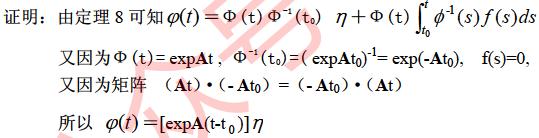
证明：由定理 8 可知\(\varphi(t)=\Phi(t)\Phi^{-1}(t_0)\eta+\Phi(t)\int_{t_0}^{t}\Phi^{-1}(s)f(s)ds\)
又因为\(\Phi(t)=\exp At\)，\(\Phi^{-1}(t_0)=(\exp At_0)^{-1}=\exp(-At_0)\)，\(f(s)=0\)
又因为矩阵\((At)\cdot(-At_0)=(-At_0)\cdot(At)\)
所以\(\varphi(t)=[\exp A(t - t_0)]\eta\)